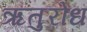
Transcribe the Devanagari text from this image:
ऋतुरोध